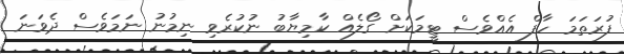
ފުރަތަމަ ހާފް އެއްވެސް ޓީމަކަށް ގޯލެއް ކާމިޔާބު ނުކުރެވި ނިމުނު ނަމަވެސް ދެވަނަ